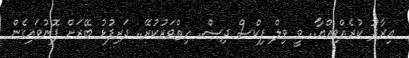
އިރާދު ކުރެއްވިއްޔާ.. ވީ ވިލް ފިކްސް ދިސް.. ހިތްވަރުކުރޭ.. ދަރިފުޅު ބޭރަށް ފޮނުވައިގެން